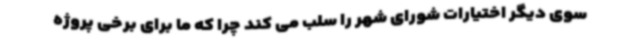
سوی دیگر اختیارات شورای شهر را سلب می کند چرا که ما برای برخی پروژه